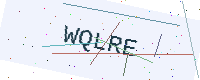
Text: WQLRE